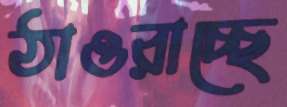
ঠাওরাচ্ছে